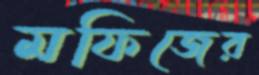
মফিজের